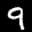
Label: 9